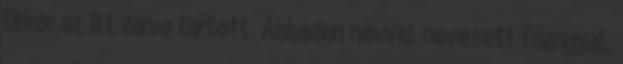
Ekkor az itt zárva tartott, Abbadón névvel nevezett főangyal,